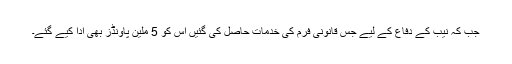
جب کہ نیب کے دفاع کے لیے جس قانونی فرم کی خدمات حاصل کی گئیں اس کو 5 ملین پاؤنڈز بھی ادا کیے گئے۔